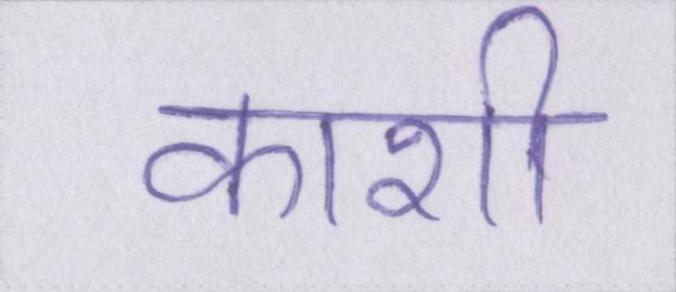
काशी